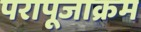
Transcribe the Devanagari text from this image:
परापूजाक्रम